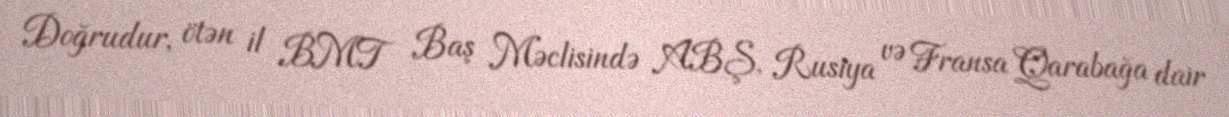
Doğrudur, ötən il BMT Baş Məclisində ABŞ, Rusiya və Fransa Qarabağa dair